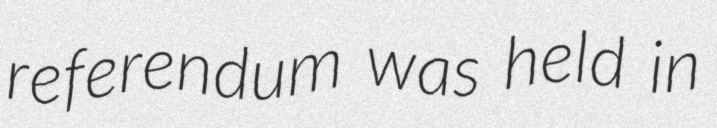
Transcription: referendum was held in